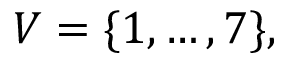
V = \{ 1 , \ldots , 7 \} ,